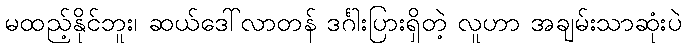
မထည့်နိုင်ဘူး၊ ဆယ်ဒေါ်လာတန် ဒင်္ဂါးပြားရှိတဲ့ လူဟာ အချမ်းသာဆုံးပဲ